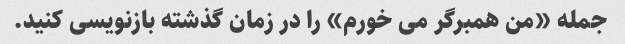
جمله «من همبرگر می خورم» را در زمان گذشته بازنویسی کنید.